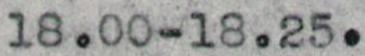
18.00-18.25.